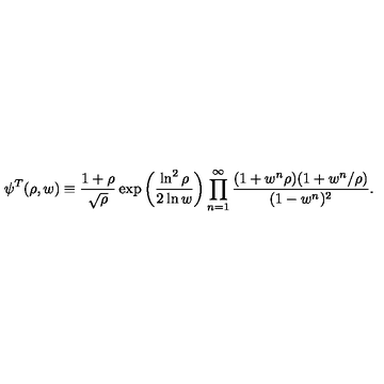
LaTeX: \psi ^ { T } ( \rho , w ) \equiv { \frac { 1 + \rho } { \sqrt \rho } } \exp \left( { \frac { \ln ^ { 2 } \rho } { 2 \ln w } } \right) \prod _ { n = 1 } ^ { \infty } { \frac { ( 1 + w ^ { n } \rho ) ( 1 + w ^ { n } / \rho ) } { ( 1 - w ^ { n } ) ^ { 2 } } } .